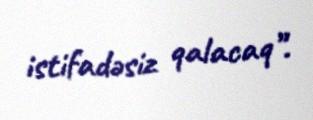
istifadəsiz qalacaq”.